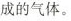
成的气体。